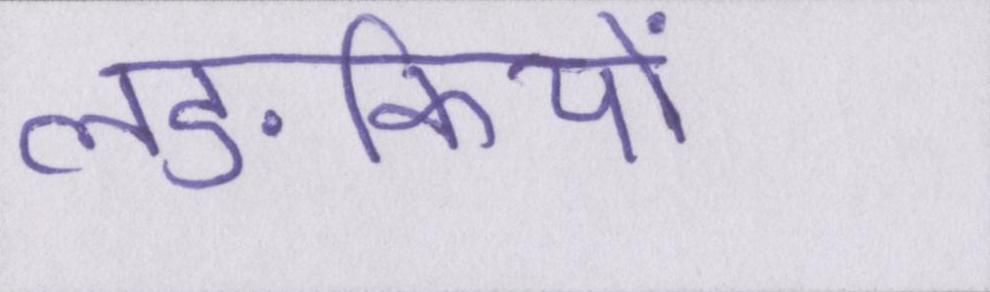
लङकियों